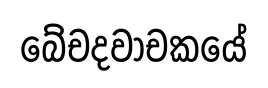
බේචදවාචකයේ